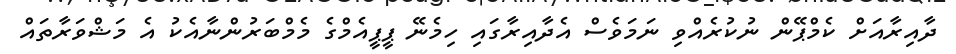
ދާއިރާއަށް ކެމްޕޭން ނުކުރެއްވި ނަމަވެސް އެދާއިރާގައި ހިމެނޭ ޕީޕީއެމްގެ މެމްބަރުންނާއެކު އެ މަޝްވަރާތައް